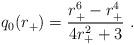
LaTeX: \begin{align*}q_0(r_+)={{r_+^6-r_+^4}\over {4r_+^2+3}}\ .\end{align*}